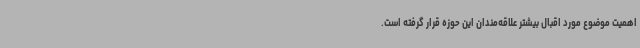
اهمیت موضوع مورد اقبال بیشتر علاقه‌مندان این حوزه قرار گرفته است.